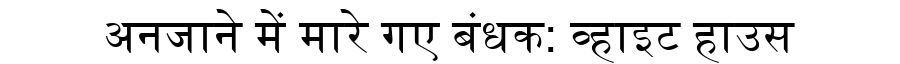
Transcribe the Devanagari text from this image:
अनजाने में मारे गए बंधक: व्हाइट हाउस